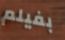
بفيلم